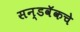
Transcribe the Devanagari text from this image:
सन्डवॅकचे